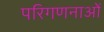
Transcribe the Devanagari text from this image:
परिगणनाओं